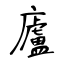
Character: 廬